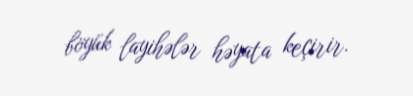
böyük layihələr həyata keçirir.